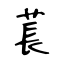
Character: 萇